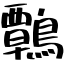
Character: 鷣